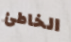
الخاطئ